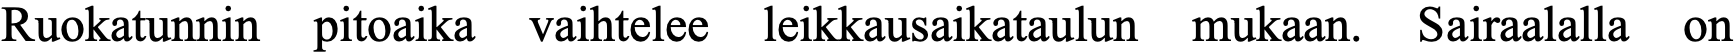
Ruokatunnin pitoaika vaihtelee leikkausaikataulun mukaan. Sairaalalla on